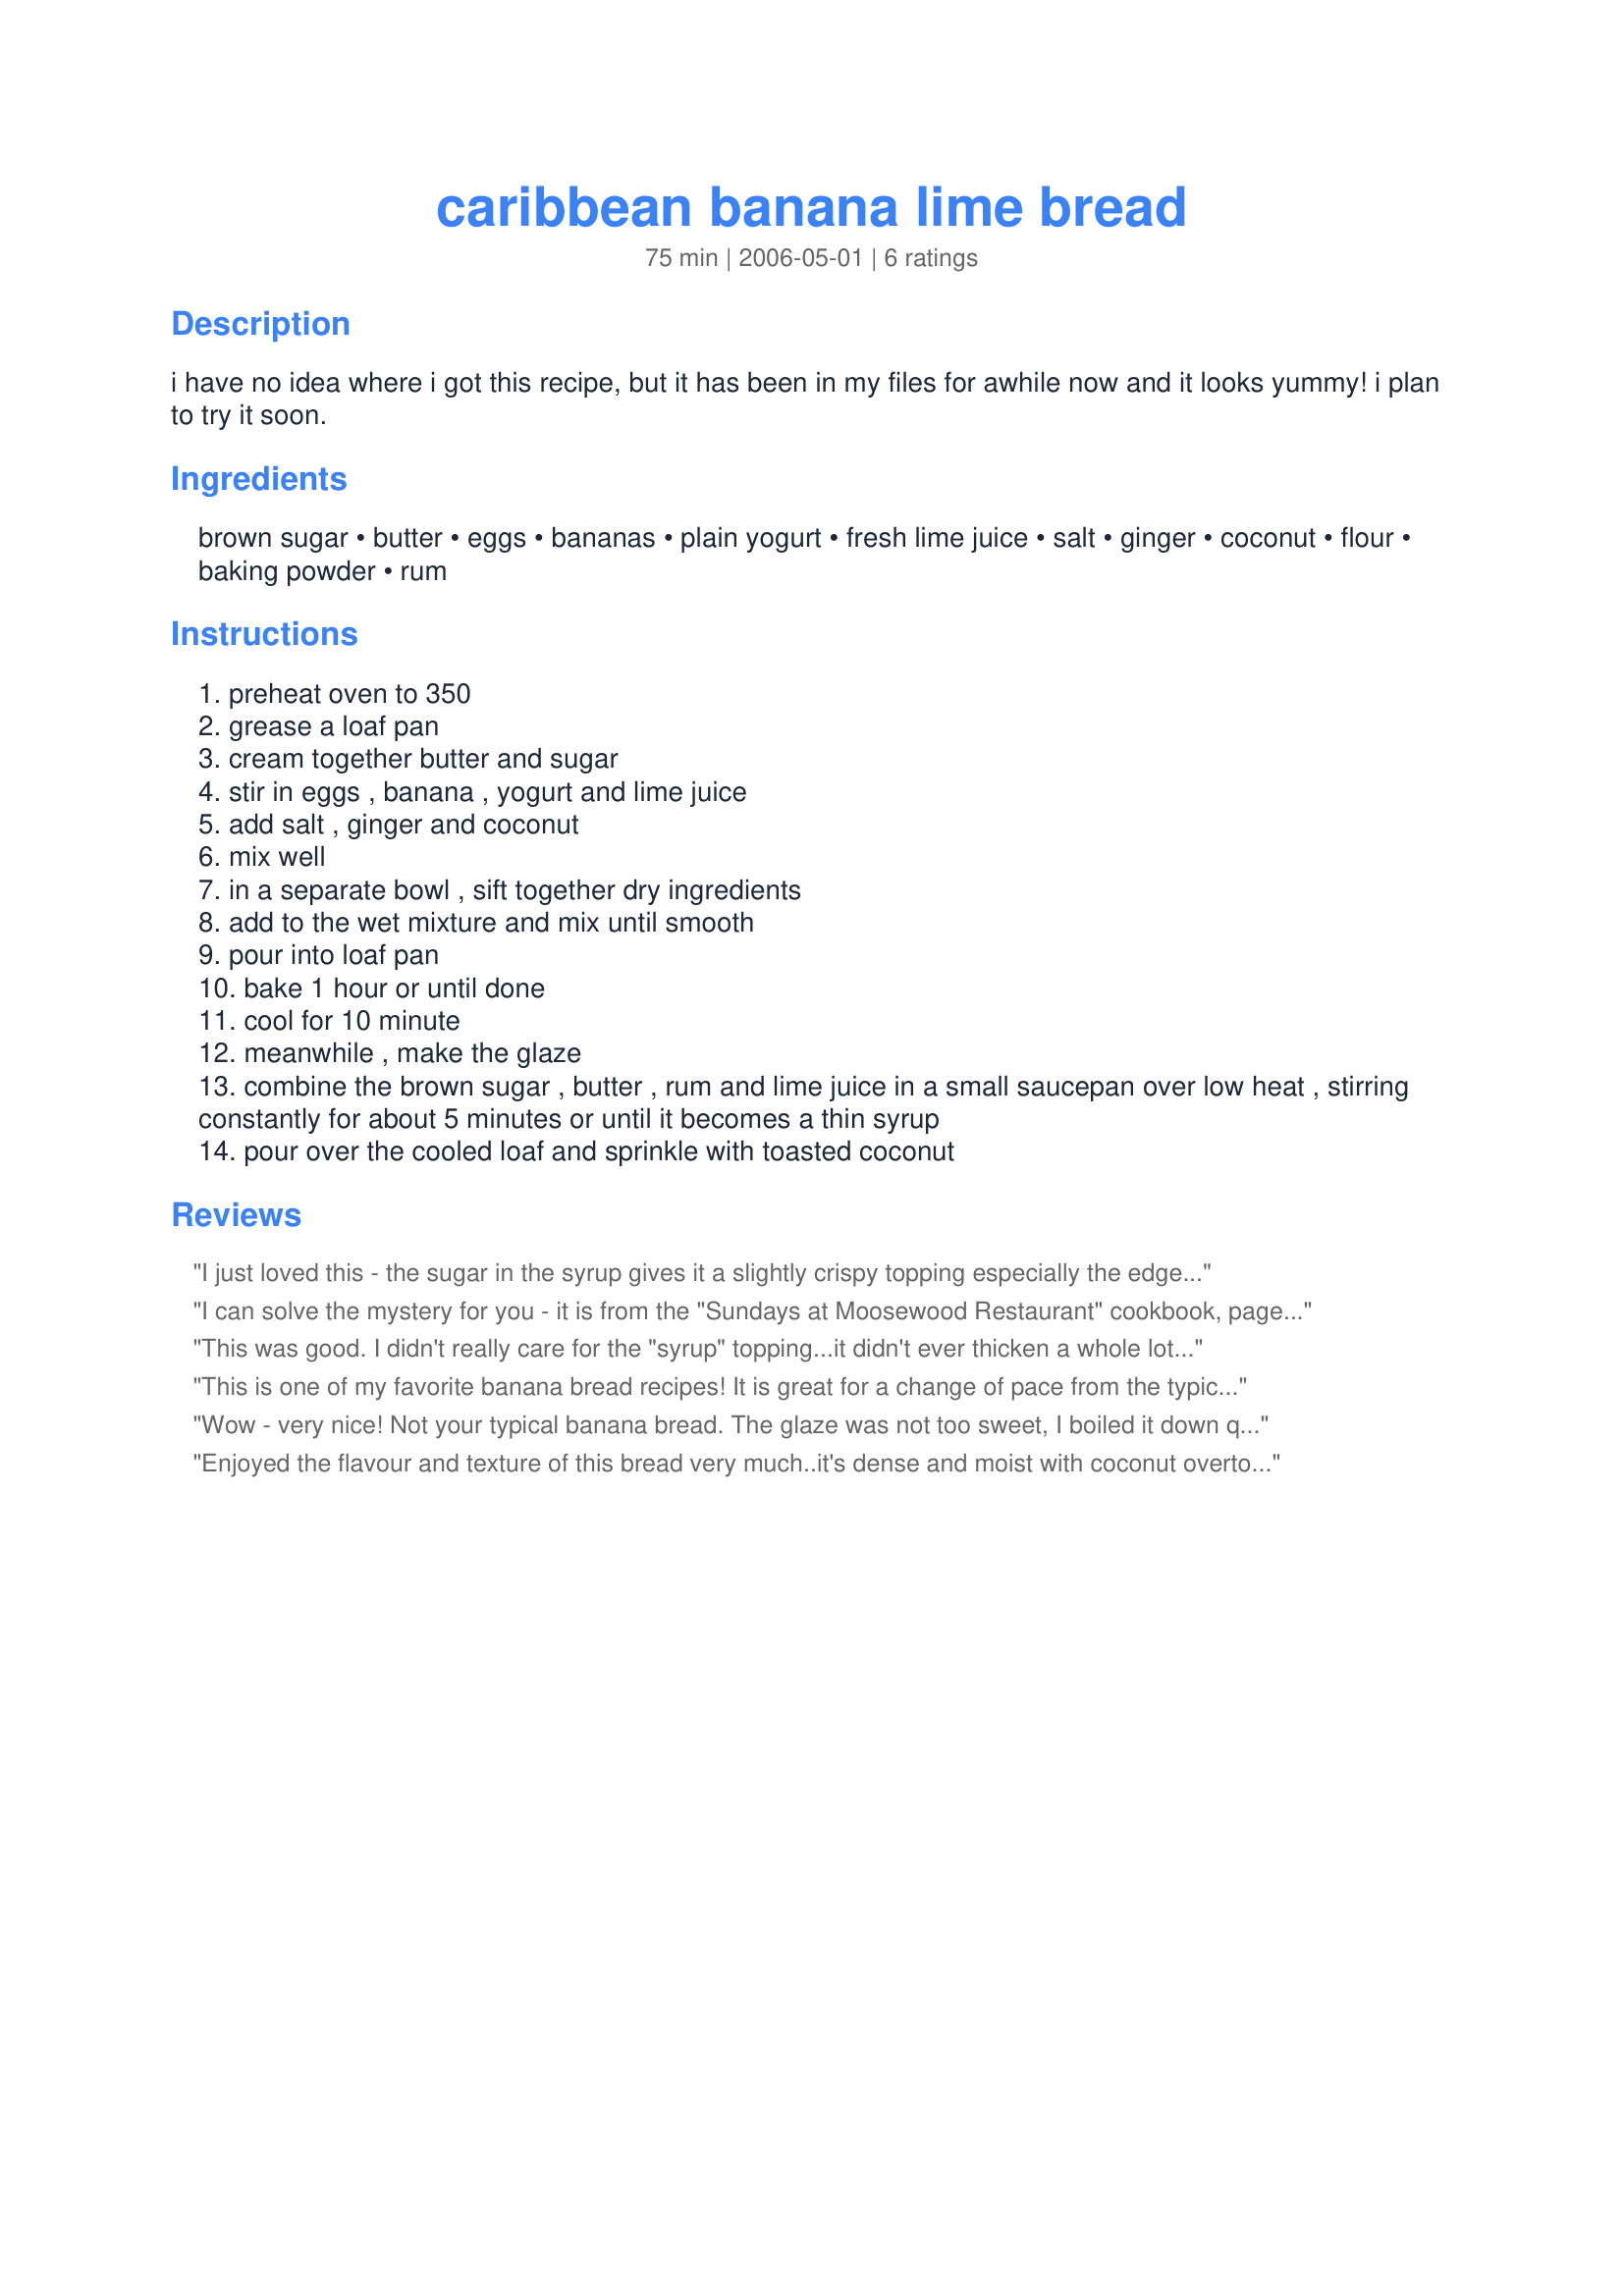
caribbean banana lime bread
Preparation time: 75 minutes

i have no idea where i got this recipe, but it has been in my files for awhile now and it looks yummy! i plan to try it soon.

Ingredients:
brown sugar, butter, eggs, bananas, plain yogurt, fresh lime juice, salt, ginger, coconut, flour, baking powder, rum

Steps:
preheat oven to 350
grease a loaf pan
cream together butter and sugar
stir in eggs , banana , yogurt and lime juice
add salt , ginger and coconut
mix well
in a separate bowl , sift together dry ingredients
add to the wet mixture and mix until smooth
pour into loaf pan
bake 1 hour or until done
cool for 10 minute
meanwhile , make the glaze
combine the brown sugar , butter , rum and lime juice in a small saucepan over low heat , stirring constantly for about 5 minutes or until it becomes a thin syrup
pour over the cooled loaf and sprinkle with toasted coconut

Reviews:
I just loved this - the sugar in the syrup gives it a slightly crispy topping especially the edges - I toasted a few oats to include with the coconut as I did not have quite enough coconut and I left out the rum in the glaze because of the children - but all in all it was a big success and I will do it again soon WITH the rum !!
I can solve the mystery for you - it is from the "Sundays at Moosewood Restaurant" cookbook, page 123-124. Full name is "Yellowman's Banana Lime Bread". It's a keeper for sure.
This was good. I didn't really care for the "syrup" topping...it didn't ever thicken a whole lot and just kind of made a mess. Next time I might try a lime glaze and some powdered sugar. Thanks for posting!
This is one of my favorite banana bread recipes! It is great for a change of pace from the typical banana bread. Thanks!
Wow - very nice! Not your typical banana bread. The glaze was not too sweet, I boiled it down quite a bit so I think the alcohol burned off. Thanks for the post! ZWT 3
Enjoyed the flavour and texture of this bread very much..it's dense and moist with coconut overtones..used a Bundt pan just for fun.
